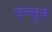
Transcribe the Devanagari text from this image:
उन्सुने